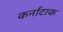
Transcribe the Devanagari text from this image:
कर्नाटाक